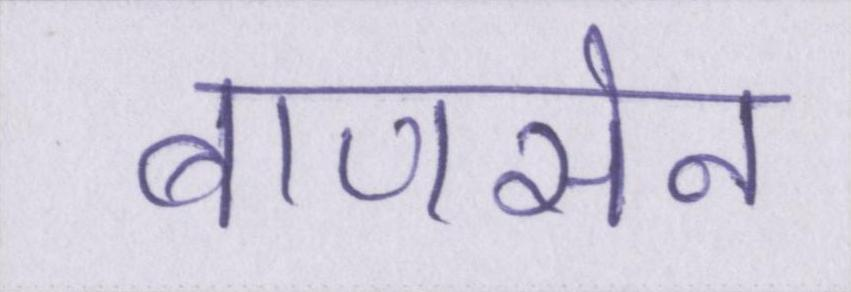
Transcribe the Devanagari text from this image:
बाणसेन